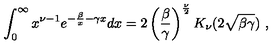
\int _ { 0 } ^ { \infty } x ^ { \nu - 1 } e ^ { - { \frac { \beta } { x } } - \gamma x } d x = 2 \left( { \frac { \beta } { \gamma } } \right) ^ { { \frac { \nu } { 2 } } } K _ { \nu } ( 2 \sqrt { \beta \gamma } ) \ ,